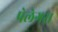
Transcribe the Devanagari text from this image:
पेलेगस